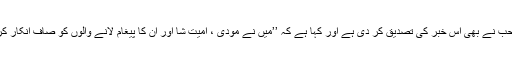
ڈاکٹر صاحب نے بھی اس خبر کی تصدیق کر دی ہے اور کہا ہے کہ ’’مَیں نے مودی ، امیت شا اور اُن کا پیغام لانے والوں کو صاف انکار کر دیا ہے ۔